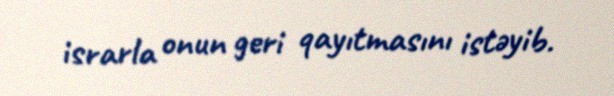
israrla onun geri qayıtmasını istəyib.